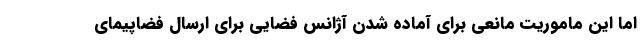
اما این ماموریت مانعی برای آماده شدن آژانس فضایی برای ارسال فضاپیمای